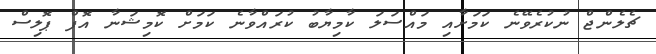
ޗެލެންޖް ނުކުރެވޭނެ ކަމަށާއި މައްސަލަ ކާމިޔާބު ކުރައްވާނެ ކަމަށް ކޮމިޝަނާ އޮފް ޕޮލިސް